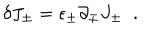
\delta J _ { \pm } = \epsilon _ { \pm } \partial _ { \mp } J _ { \pm } \; \; .